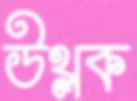
উথ্‌লক